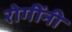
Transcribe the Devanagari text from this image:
रोगींनी